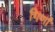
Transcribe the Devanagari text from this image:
गिर्णा